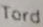
Tord